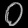
Digit: ၀